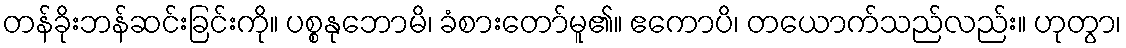
တန်ခိုးဘန်ဆင်းခြင်းကို။ ပစ္စနုဘောမိ၊ ခံစားတော်မူ၏။ ဧကောပိ၊ တယောက်သည်လည်း။ ဟုတွာ၊